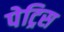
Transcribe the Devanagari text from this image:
पेट्रिस